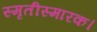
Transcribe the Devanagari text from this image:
स्मृतीस्मारक।